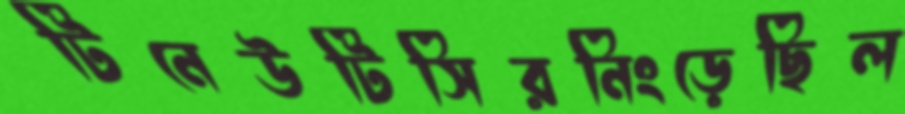
টিনেউটিসিরনিংড়েছিল